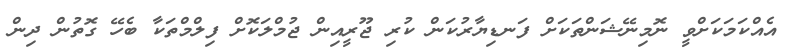
އެއްކަމަކަށްވީ ނޮމިނޭޝަންތަކަށް ފަނޑިޔާރުކަން ކުރި ޖޫރީއިން ޖުމްލަކޮށް ފިލްމްތަކާ ބެހޭ ގޮތުން ދިން